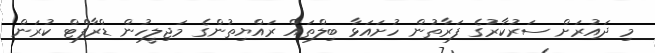
މި ދައުރަށް ސަރުކާރުގެ ފަރާތުން ހުށައަޅާ ބިލްތައް ރައްޔިތުންގެ މަޖިލީހުން ޑްރާފްޓް ކުރަން